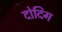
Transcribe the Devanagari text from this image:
दोदिग